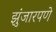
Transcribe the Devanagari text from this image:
झुंजारपणे